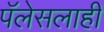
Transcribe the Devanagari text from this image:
पॅलेसलाही